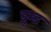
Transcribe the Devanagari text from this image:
डूम्ड